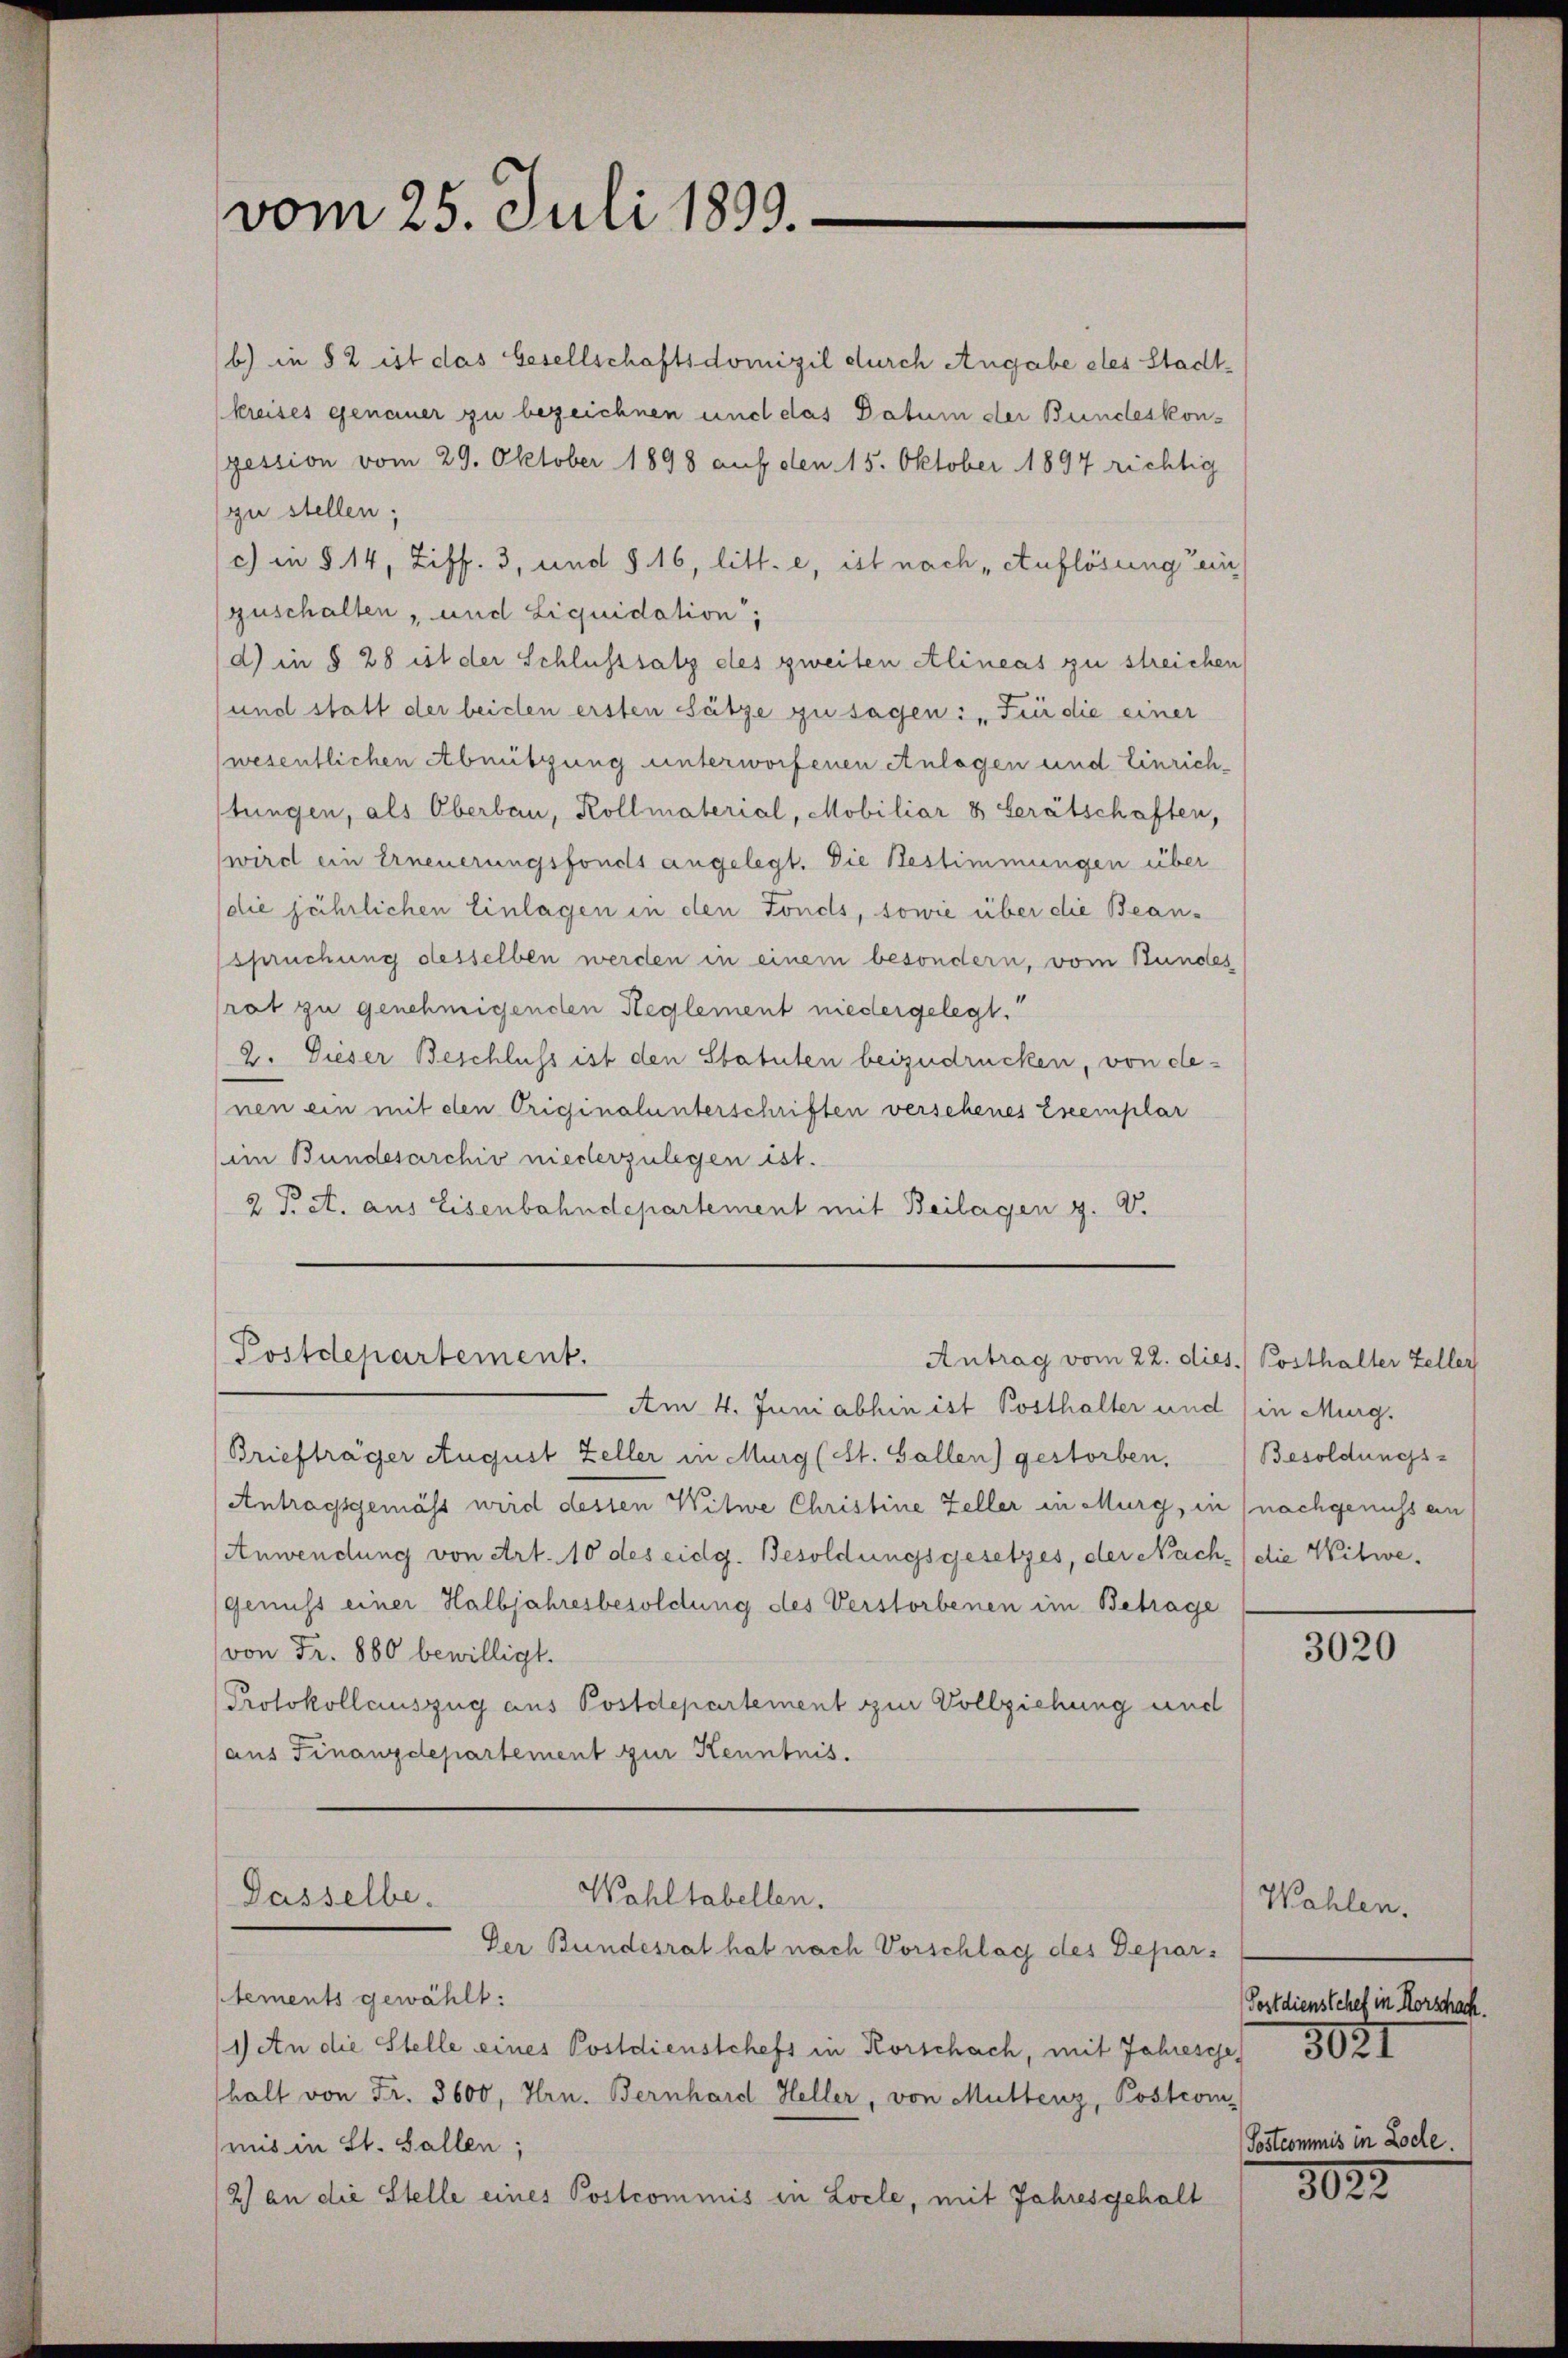
vom 25. Juli 1899.

b) in § 2 ist das Gesellschaftsdomizil durch Angabe des Stadtkreises genauer zu bezeichnen und das Datum der Bundeskonpession vom 29. Oktober 1898 auf den 15. Oktober 1897 richtig
zu stellen;
c) in § 14, Ziff. 3, und § 16, litt. e, ist nach „Auflösung ein
guschalten, und Liquidation,
d) in § 28 ist der Schlusssatz des zweiten Alineas zu streichen
und statt der beiden ersten Sätze zu sagen: „Für die einer
wesentlichen Abnützung unterworfenen Anlagen und Einrich-
tungen, als Oberbau, Kollmaterial, Mobiliar 8 Gerätschaften,
wird ein Erneuerungsfonds angelegt. Die Bestimmungen über
die jährlichen Einlagen in den Fonds, sowie über die Beanspruchung desselben werden in einem besondern, vom Bundes
rat zu genehmigenden Heglement niedergelegt.“
2. Dieser Beschluss ist den Statuten beizudrücken, von denen ein mit den Originalunterschriften verschenes Exemplar
(im Bundesarchiv niederzulegen ist.
2 P A. aus Eisenbahndepartement mit Beilagen z. B.
Postdepartement.
Antrag vom 22. dies. Posthalter Zeller
Am 4. Juni abhin ist Posthalter und (in Murg.
Briefträger August Zeller in Murg (St. Gallen) gestorben,
Antragsgemäss wird dessen Witwe Christine Zeller in Murg, in nachgenuss an
Anwendung von Art. 10 des eidg. Besoldungsgesetzes, der Nach- (die Witwe.
genuss einer Halbjahresbesoldung des Verstorbenen im Betrage
von Fr. 880 bewilligt.
Protokollauszug aus Postdepartement zur Vollziehung und
aus Finanzdepartement zur Kenntnis.
Wohltabellen.
Dasselbe.
Der Bundesrat hat nach Vorschlag des Departements gewählt:
1) An die Stelle eines Postdienstchefs in Rorschach, mit Jahresse 302I
halt von Fr. 3600, Hrn. Bernhard Heller, von Muttenz, Postcom
mis in St. Gallen;
2) an die Stelle eines Postcommis in Locle, mit Jahresgehalt

Besoldungs-

3020

Wahlen.
Postdienstehet in Horschach.
Postcommnis in Lode.

1025